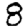
Digit: 8